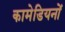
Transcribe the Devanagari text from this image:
कामेडियनों